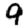
Digit: 9